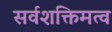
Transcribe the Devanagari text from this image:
सर्वशक्तिमत्व